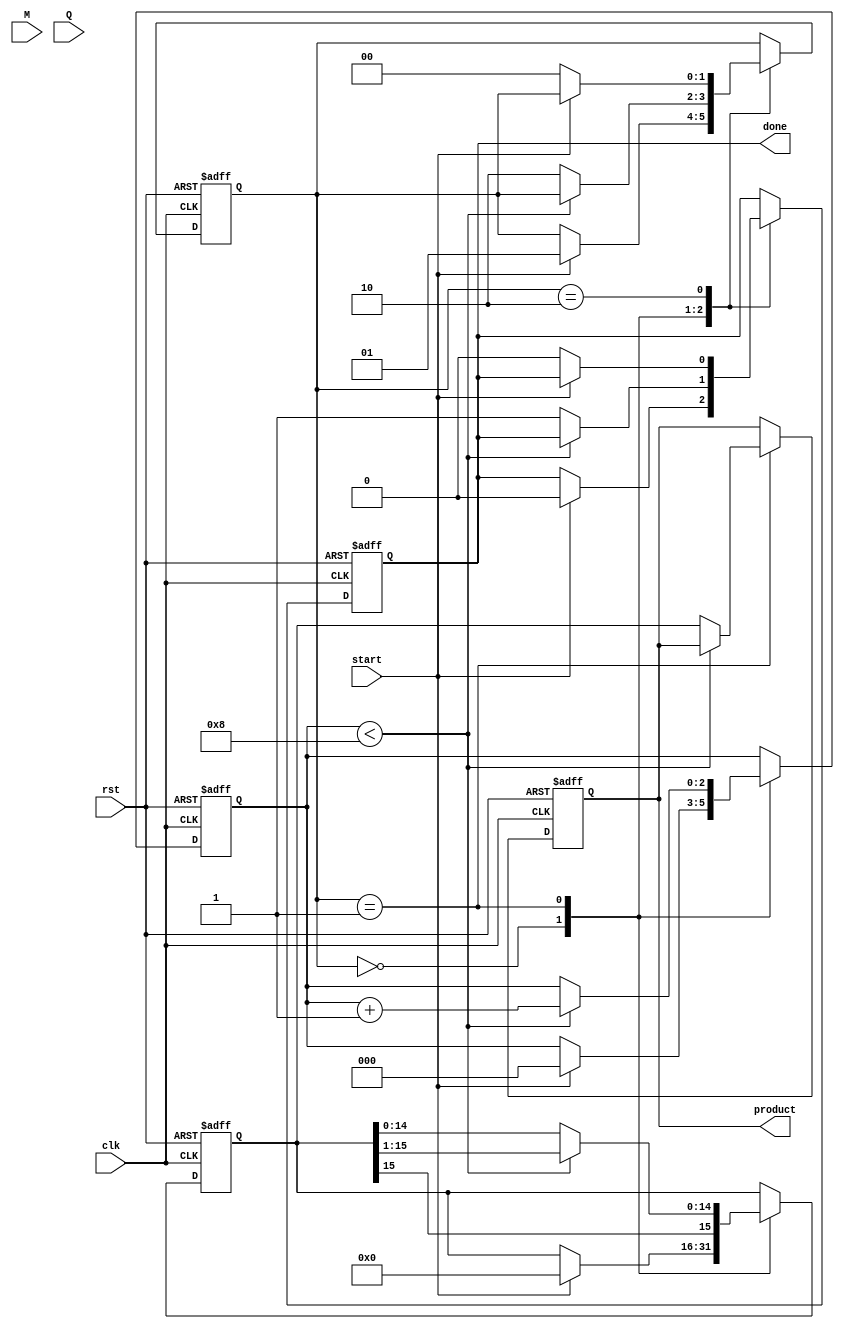
module modified_booth_multiplier #(parameter WIDTH = 8)(
    input signed [WIDTH-1:0] M,         // Multiplicand
    input signed [WIDTH-1:0] Q,         // Multiplier
    input start,                        // Control signal to start multiplication
    input clk,                          // Clock signal
    input rst,                          // Reset signal
    output reg signed [2*WIDTH-1:0] product, // Final product
    output reg done                     // Indicate completion
);

    reg signed [WIDTH-1:0] M_reg;      // Multiplicand register
    reg signed [WIDTH-1:0] Q_reg;      // Multiplier register
    reg signed [2*WIDTH-1:0] A;        // Accumulator register
    reg [2:0] count;                   // Count of bits processed
    reg [1:0] fsm_state;               // FSM states

    localparam IDLE = 2'b00,           // FSM State: Idle
               EXECUTE = 2'b01,        // FSM State: Execute multiplication
               DONE = 2'b10;           // FSM State: Done

    always @(posedge clk or posedge rst) begin
        if (rst) begin
            // Reset all registers and states
            M_reg <= 0;
            Q_reg <= 0;
            A <= 0;
            count <= 0;
            fsm_state <= IDLE;
            product <= 0;
            done <= 0;
        end else begin
            case (fsm_state)
                IDLE: begin
                    if (start) begin
                        // Load the registers and initialize states
                        M_reg <= M;
                        Q_reg <= Q;
                        A <= 0;
                        count <= 0;
                        fsm_state <= EXECUTE;
                        done <= 0;
                    end
                end

                EXECUTE: begin
                    // Perform Modified Booth multiplication
                    if (count < WIDTH) begin
                        case ({Q_reg[0], Q_reg[1]})
                            2'b00: A <= A;                  // Do nothing
                            2'b01: A <= A + M_reg;          // Add M to A
                            2'b10: A <= A - M_reg;          // Subtract M from A
                            2'b11: A <= A;                  // Do nothing
                        endcase

                        // Arithmetic right shift of A and Q
                        A <= {A[2*WIDTH-1], A[2*WIDTH-1:1]}; // Shift A
                        Q_reg <= {Q_reg[WIDTH-1], Q_reg[WIDTH-1:1]}; // Shift Q

                        // Increment the count
                        count <= count + 1;
                    end else begin
                        // Final stage: Store product and set done flag
                        product <= A;
                        done <= 1;
                        fsm_state <= DONE;
                    end
                end

                DONE: begin
                    // Stay in DONE state
                    if (!start) begin
                        fsm_state <= IDLE; // Go back to IDLE on new start signal
                        done <= 0;         // Clear done flag
                    end
                end
            endcase
        end
    end
endmodule